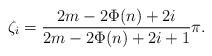
LaTeX: \begin{align*}\zeta_i= \frac{2m-2\Phi(n)+2i}{2m-2\Phi(n)+2i+1}\pi.\end{align*}